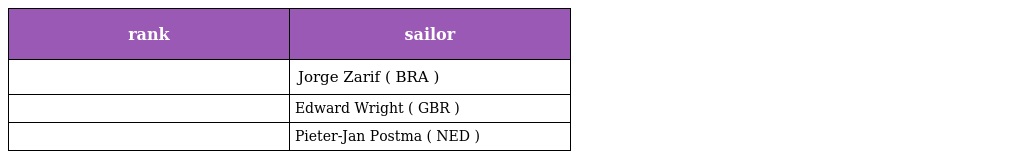
| rank | sailor |
 | --- | --- |
 |  | Jorge Zarif ( BRA ) |
 |  | Edward Wright ( GBR ) |
 |  | Pieter-Jan Postma ( NED ) |